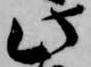
此